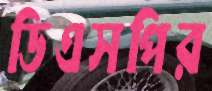
ডিএসপির